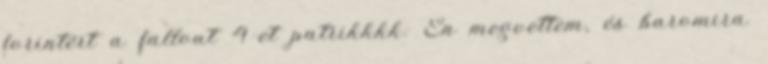
forintért a fallout 4-et patrikkkk: Én megvettem, és baromira